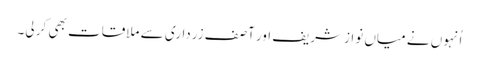
اُنہوں نے میاں نوازشریف اور آصف زرداری سے ملاقات بھی کر لی۔